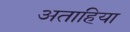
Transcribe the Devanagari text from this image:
अताहिया